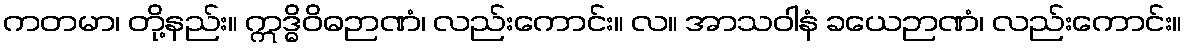
ကတမာ၊ တို့နည်း။ ဣဒ္ဓိဝိဓဉာဏံ၊ လည်းကောင်း။ လ။ အာသဝါနံ ခယေဉာဏံ၊ လည်းကောင်း။